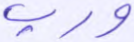
ورب